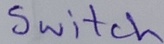
Text: Switch